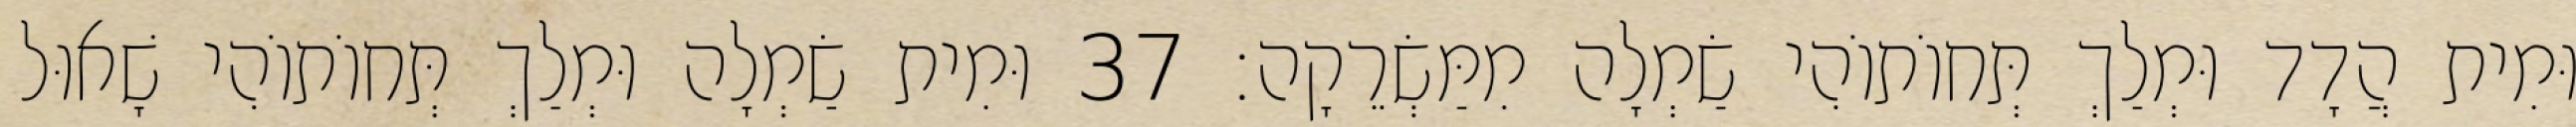
וּמִית הֲדָד וּמְלַךְ תְּחוֹתוֹהִי שַׂמְלָה מִמַּשְׂרֵקָה׃ 37 וּמִית שַׂמְלָה וּמְלַךְ תְּחוֹתוֹהִי שָׁאוּל